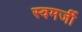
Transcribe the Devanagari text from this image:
स्वमर्जी